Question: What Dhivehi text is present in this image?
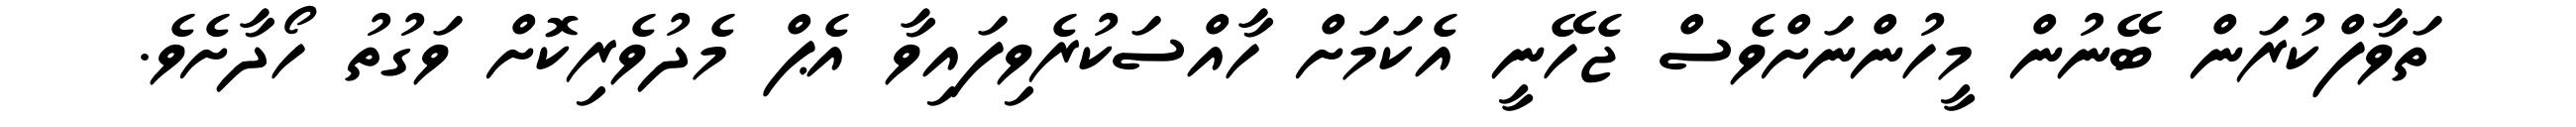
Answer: ތަވާފްކުރަން ބޭނުން މީހުންނަށްވެސް ޖެހޭނީ އެކަމަށް ހާއްސަކުރެވިފައިވާ އެޕް މެދުވެރިކޮށް ވަގުތު ހޯދާށެވެ.